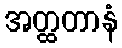
အတ္ထတာနံ